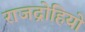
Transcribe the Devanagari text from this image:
राजद्रोहियो